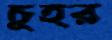
চুহর